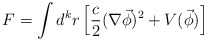
\begin{align*}F=\int d^kr\left[ \frac c2(\nabla \vec \phi )^2+V(\vec \phi)\right]\end{align*}